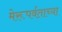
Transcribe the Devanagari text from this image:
मेरूपर्वताच्या